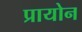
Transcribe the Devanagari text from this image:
प्रायोन